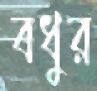
বধুর